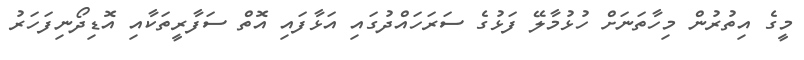
މީގެ އިތުރުން މިހާތަނަށް ހުޅުމާލޭ ފަޅުގެ ސަރަހައްދުގައި އަޅާފައި އޮތް ސަފާރީތަކާއި އޮޑިދޯނިފަހަރު